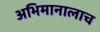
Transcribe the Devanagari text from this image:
अभिमानालाच